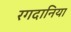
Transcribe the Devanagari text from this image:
रगदानिया